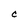
Character: C